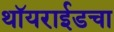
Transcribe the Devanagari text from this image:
थॉयराईडचा